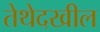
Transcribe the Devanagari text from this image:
तेथेदखील